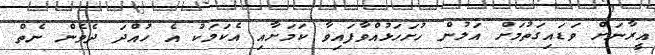
އީރާނަށް ވަޑައިގަތުމަށް އަލުން ހުށަހަޅުއްވާފައިވާ ކަމަށާއި އެކަމަކު އެ ހުއްދަ ދެވެން ނެތް